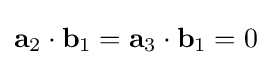
\mathbf {a} _{2}\cdot \mathbf {b} _{1}=\mathbf {a} _{3}\cdot \mathbf {b} _{1}=0